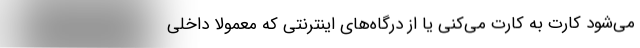
می‌شود کارت به کارت می‌کنی یا از درگاه‌های اینترنتی که معمولاً داخلی